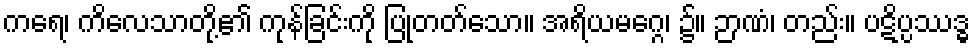
ကရေ၊ ကိလေသာတို့၏ ကုန်ခြင်းကို ပြုတတ်သော။ အရိယမဂ္ဂေ၊ ၌။ ဉာဏံ၊ တည်း။ ပဋိပ္ပဿဒ္ဓ